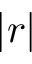
| r |